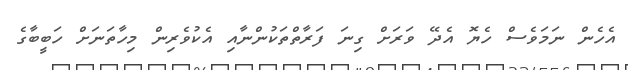
އެހެން ނަމަވެސް ހެޔޮ އެދޭ ވަރަށް ގިނަ ފަރާތްތަކުންނާއި އެކުވެރިން މިހާތަނަށް ހަބީބާގެ